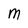
Character: M